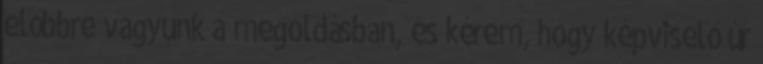
előbbre vagyunk a megoldásban, és kérem, hogy képviselő úr